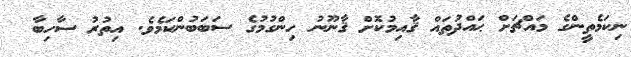
ނިކަމެތީންގެ މައްޗަށް ޙައްދުތައް ޤާއިމުކޮށް ޤާނޫނު ހިންގުމުގެ ސަބަބުންކަމެވެ. އިތުރު ސާހިބާ